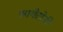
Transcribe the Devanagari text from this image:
स्पगैटोनी